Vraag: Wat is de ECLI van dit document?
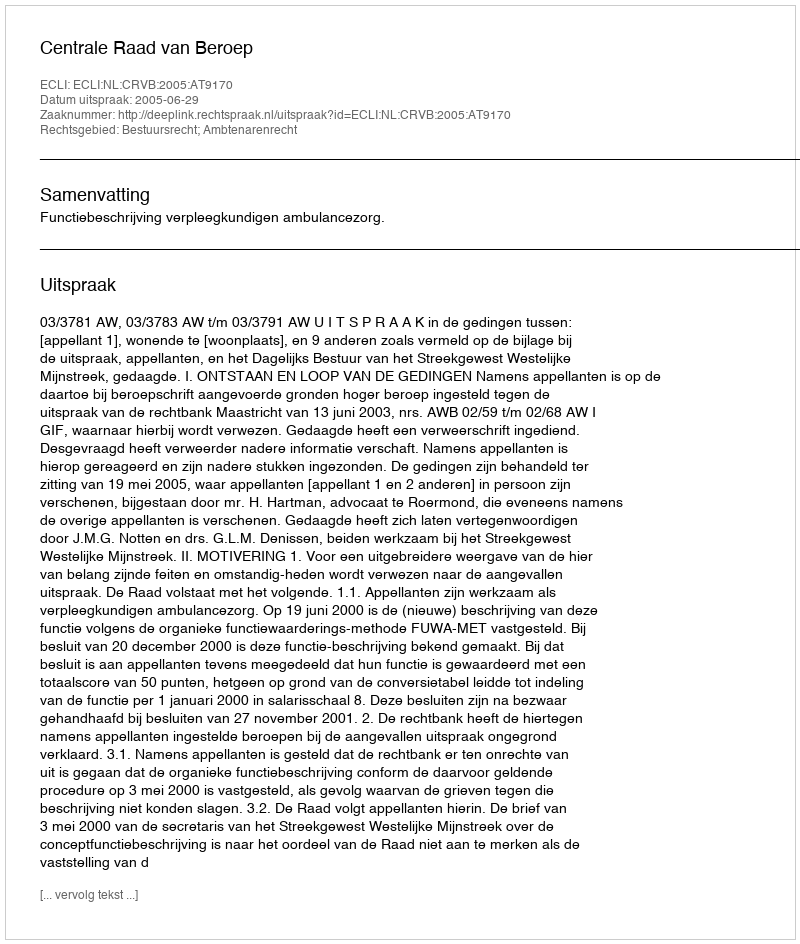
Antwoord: ECLI:NL:CRVB:2005:AT9170